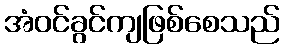
အံဝင်ခွင်ကျဖြစ်စေသည်